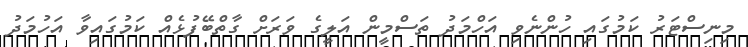
މިނިސްޓަރު ކަމުގައި ހުންނެވި އަހްމަދު ތަސްމީން އަލީގެ ވަރަށް ގާތްބޭފުޅެއް ކަމުގައިވާ އަހުމަދު